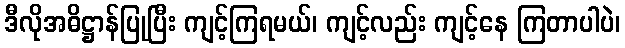
ဒီလိုအဓိဋ္ဌာန်ပြုပြီး ကျင့်ကြရမယ်၊ ကျင့်လည်း ကျင့်နေ ကြတာပါပဲ၊